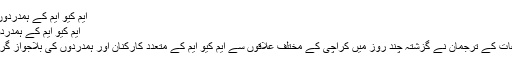
ایم کیو ایم کے ہمدردوں کی گرفتاریاں قابل مذمت ہے،ترجمان -
ایم کیو ایم کے ہمدردوں کی گرفتاریاں قابل مذمت ہے،ترجمان
کراچی : متحدہ قومی موومنٹ شعبہ اطلاعات کے ترجمان نے گزشتہ چند روز میں کراچی کے مختلف علاقوں سے ایم کیو ایم کے متعدد کارکنان اور ہمدردوں کی بلاجواز گرفتاری پر گہری تشویش کا اظہار کیا ہے۔